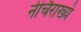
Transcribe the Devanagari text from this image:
नीचैराख्यं